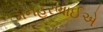
મનહરભાઈએ